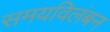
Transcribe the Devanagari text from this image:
समयविलंबन